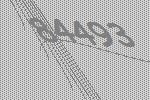
84493